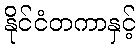
နိုင်ငံတကာနှင့်